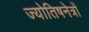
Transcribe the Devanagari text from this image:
ज्योतिषनेत्रों